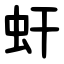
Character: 虷